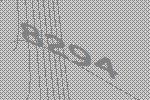
8294